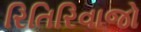
રિતિરિવાજો